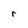
Character: r